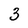
Character: 3